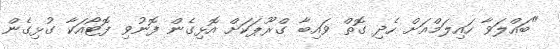
"ބައްލަވާ ހައިލަމްއަށް ހެދި ގޮތް ވައިބާ ގްރޫޕަކަށް އޮޅިގެން ފޮނުވި ފޮޓޯއަކާ ގުޅިގެން